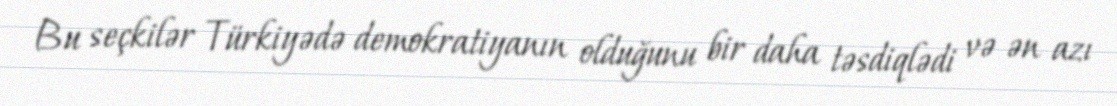
Bu seçkilər Türkiyədə demokratiyanın olduğunu bir daha təsdiqlədi və ən azı